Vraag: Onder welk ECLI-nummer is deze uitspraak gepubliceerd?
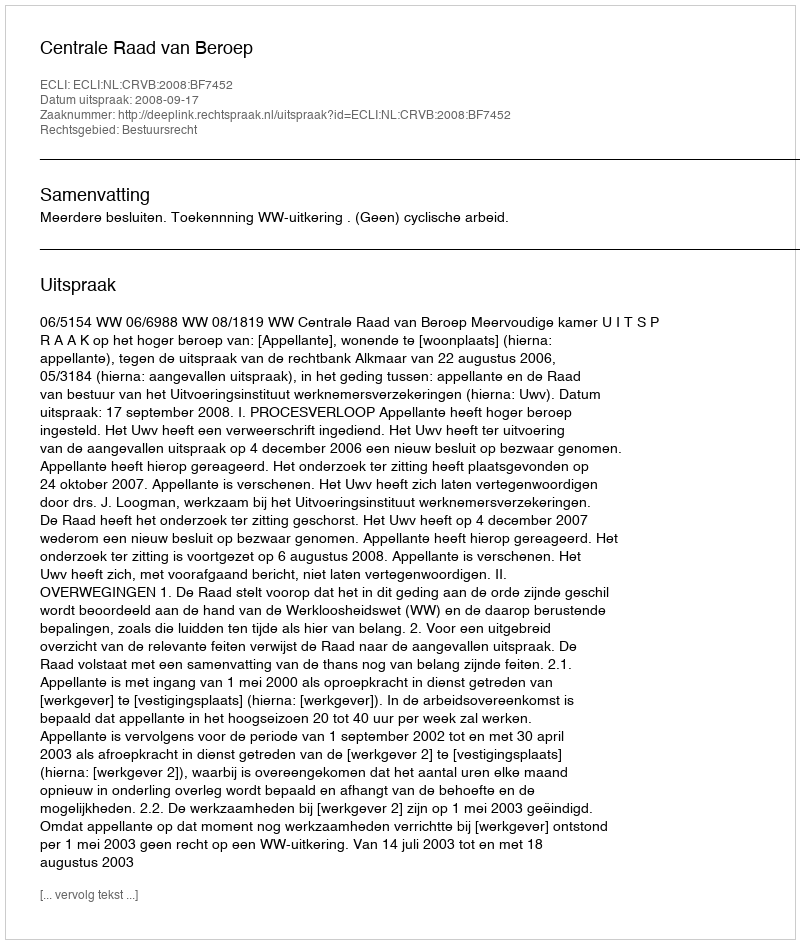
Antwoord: ECLI:NL:CRVB:2008:BF7452